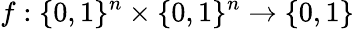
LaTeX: f:\{ 0,1\} ^{n}\times\{ 0,1\} ^{n}\rightarrow\{ 0,1\}